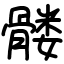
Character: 髅